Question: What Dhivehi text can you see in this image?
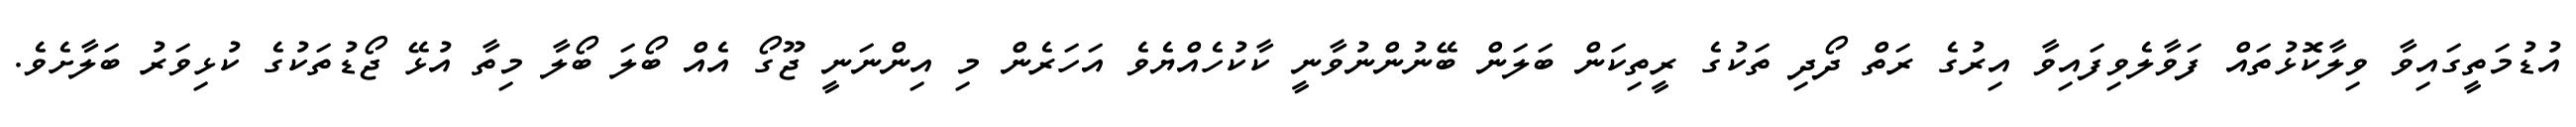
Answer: އުޑުމަތީގައިވާ ވިލާކޮޅުތައް ފަވާލެވިފައިވާ އިރުގެ ރަތް ދޯދި ތަކުގެ ރީތިކަން ބަލަން ބޭނުންނުވާނީ ކާކުހެއްޔެވެ އަހަރެން މި އިންނަނީ ޖޫގޯ އެއް ބޯލަ ބޯލާ މިތާ އުޅޭ ޖޯޑުތަކުގެ ކުޅިވަރު ބަލާށެވެ.